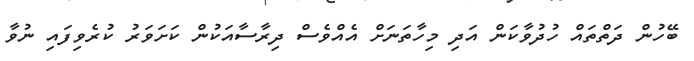
ބޭހުން ދަތްތައް ހުދުވާކަން އަދި މިހާތަނަށް އެއްވެސް ދިރާސާއަކުން ކަށަވަރު ކުރެވިފައި ނުވާ